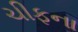
ચીફના